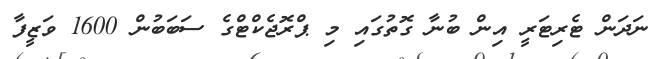
ނަދަން ޓެރިޓަރީ އިން ބުނާ ގޮތުގައި މި ޕްރޮޖެކްޓްގެ ސަބަބުން 1600 ވަޒީފާ